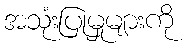
အသုံးပြုမှုများကို